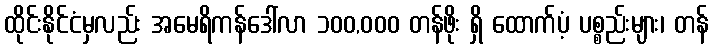
ထိုင်းနိုင်ငံမှလည်း အမေရိကန်ဒေါ်လာ ၁၀၀,၀၀၀ တန်ဖိုး ရှိ ထောက်ပံ့ ပစ္စည်းများ၊ တန်